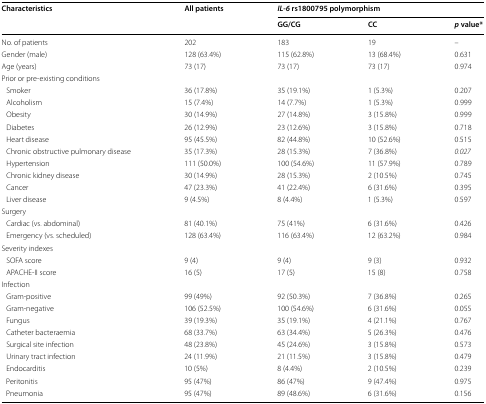
<table><thead><tr><td rowspan="2"><b>Characteristics</b></td><td rowspan="2"><b>All patients</b></td><td colspan="3"><b><i>IL</i>-<i>6</i> rs1800795 polymorphism</b></td></tr><tr><td><b>GG/CG</b></td><td><b>CC</b></td><td><b><i>p</i> value*</b></td></tr></thead><tbody><tr><td>No. of patients</td><td>202</td><td>183</td><td>19</td><td>–</td></tr><tr><td>Gender (male)</td><td>128 (63.4%)</td><td>115 (62.8%)</td><td>13 (68.4%)</td><td>0.631</td></tr><tr><td>Age (years)</td><td>73 (17)</td><td>73 (17)</td><td>73 (17)</td><td>0.974</td></tr><tr><td colspan="5">Prior or pre-existing conditions</td></tr><tr><td> Smoker</td><td>36 (17.8%)</td><td>35 (19.1%)</td><td>1 (5.3%)</td><td>0.207</td></tr><tr><td> Alcoholism</td><td>15 (7.4%)</td><td>14 (7.7%)</td><td>1 (5.3%)</td><td>0.999</td></tr><tr><td> Obesity</td><td>30 (14.9%)</td><td>27 (14.8%)</td><td>3 (15.8%)</td><td>0.999</td></tr><tr><td> Diabetes</td><td>26 (12.9%)</td><td>23 (12.6%)</td><td>3 (15.8%)</td><td>0.718</td></tr><tr><td> Heart disease</td><td>95 (45.5%)</td><td>82 (44.8%)</td><td>10 (52.6%)</td><td>0.515</td></tr><tr><td> Chronic obstructive pulmonary disease</td><td>35 (17.3%)</td><td>28 (15.3%)</td><td>7 (36.8%)</td><td><i>0.027</i></td></tr><tr><td> Hypertension</td><td>111 (50.0%)</td><td>100 (54.6%)</td><td>11 (57.9%)</td><td>0.789</td></tr><tr><td> Chronic kidney disease</td><td>30 (14.9%)</td><td>28 (15.3%)</td><td>2 (10.5%)</td><td>0.745</td></tr><tr><td> Cancer</td><td>47 (23.3%)</td><td>41 (22.4%)</td><td>6 (31.6%)</td><td>0.395</td></tr><tr><td> Liver disease</td><td>9 (4.5%)</td><td>8 (4.4%)</td><td>1 (5.3%)</td><td>0.597</td></tr><tr><td colspan="5">Surgery</td></tr><tr><td> Cardiac (vs. abdominal)</td><td>81 (40.1%)</td><td>75 (41%)</td><td>6 (31.6%)</td><td>0.426</td></tr><tr><td> Emergency (vs. scheduled)</td><td>128 (63.4%)</td><td>116 (63.4%)</td><td>12 (63.2%)</td><td>0.984</td></tr><tr><td colspan="5">Severity indexes</td></tr><tr><td> SOFA score</td><td>9 (4)</td><td>9 (4)</td><td>9 (3)</td><td>0.932</td></tr><tr><td> APACHE-II score</td><td>16 (5)</td><td>17 (5)</td><td>15 (8)</td><td>0.758</td></tr><tr><td colspan="5">Infection</td></tr><tr><td> Gram-positive</td><td>99 (49%)</td><td>92 (50.3%)</td><td>7 (36.8%)</td><td>0.265</td></tr><tr><td> Gram-negative</td><td>106 (52.5%)</td><td>100 (54.6%)</td><td>6 (31.6%)</td><td>0.055</td></tr><tr><td> Fungus</td><td>39 (19.3%)</td><td>35 (19.1%)</td><td>4 (21.1%)</td><td>0.767</td></tr><tr><td> Catheter bacteraemia</td><td>68 (33.7%)</td><td>63 (34.4%)</td><td>5 (26.3%)</td><td>0.476</td></tr><tr><td> Surgical site infection</td><td>48 (23.8%)</td><td>45 (24.6%)</td><td>3 (15.8%)</td><td>0.573</td></tr><tr><td> Urinary tract infection</td><td>24 (11.9%)</td><td>21 (11.5%)</td><td>3 (15.8%)</td><td>0.479</td></tr><tr><td> Endocarditis</td><td>10 (5%)</td><td>8 (4.4%)</td><td>2 (10.5%)</td><td>0.239</td></tr><tr><td> Peritonitis</td><td>95 (47%)</td><td>86 (47%)</td><td>9 (47.4%)</td><td>0.975</td></tr><tr><td> Pneumonia</td><td>95 (47%)</td><td>89 (48.6%)</td><td>6 (31.6%)</td><td>0.156</td></tr></tbody></table>